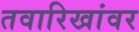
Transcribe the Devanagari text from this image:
तवारिखांवर